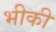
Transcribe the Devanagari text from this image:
भीकी